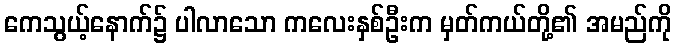
ကေသွယ့်နောက်၌ ပါလာသော ကလေးနှစ်ဦးက မှတ်ကယ်တို့၏ အမည်ကို